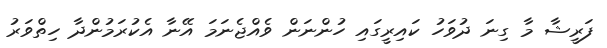
ފަރީޝާ މާ ގިނަ ދުވަހު ކައިރީގައި ހުންނަން ވެއްޖެނަމަ އޭނާ އެކުރަމުންދާ ހިތްވަރު